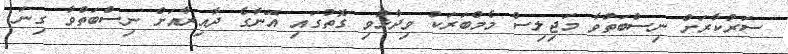
ސަރުކާރަށް ނިސްބަތްވާ މަޖިލިސް މެމްބަރަކު ވިދާޅުވި ގޮތުގައި އޭނާގެ ދާއިރާއަށް ނިސްބަތްވާ ގިނަ